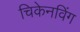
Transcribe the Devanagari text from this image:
चिकेनविंग